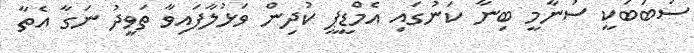
ސަބަބަކީ ސުނާމީ ބިނާ ކަނުގައި އެމްޑީޕީ ކުދިން ވަޅުލާފައިވާ ތަވީދު ނަގާ އެތާ